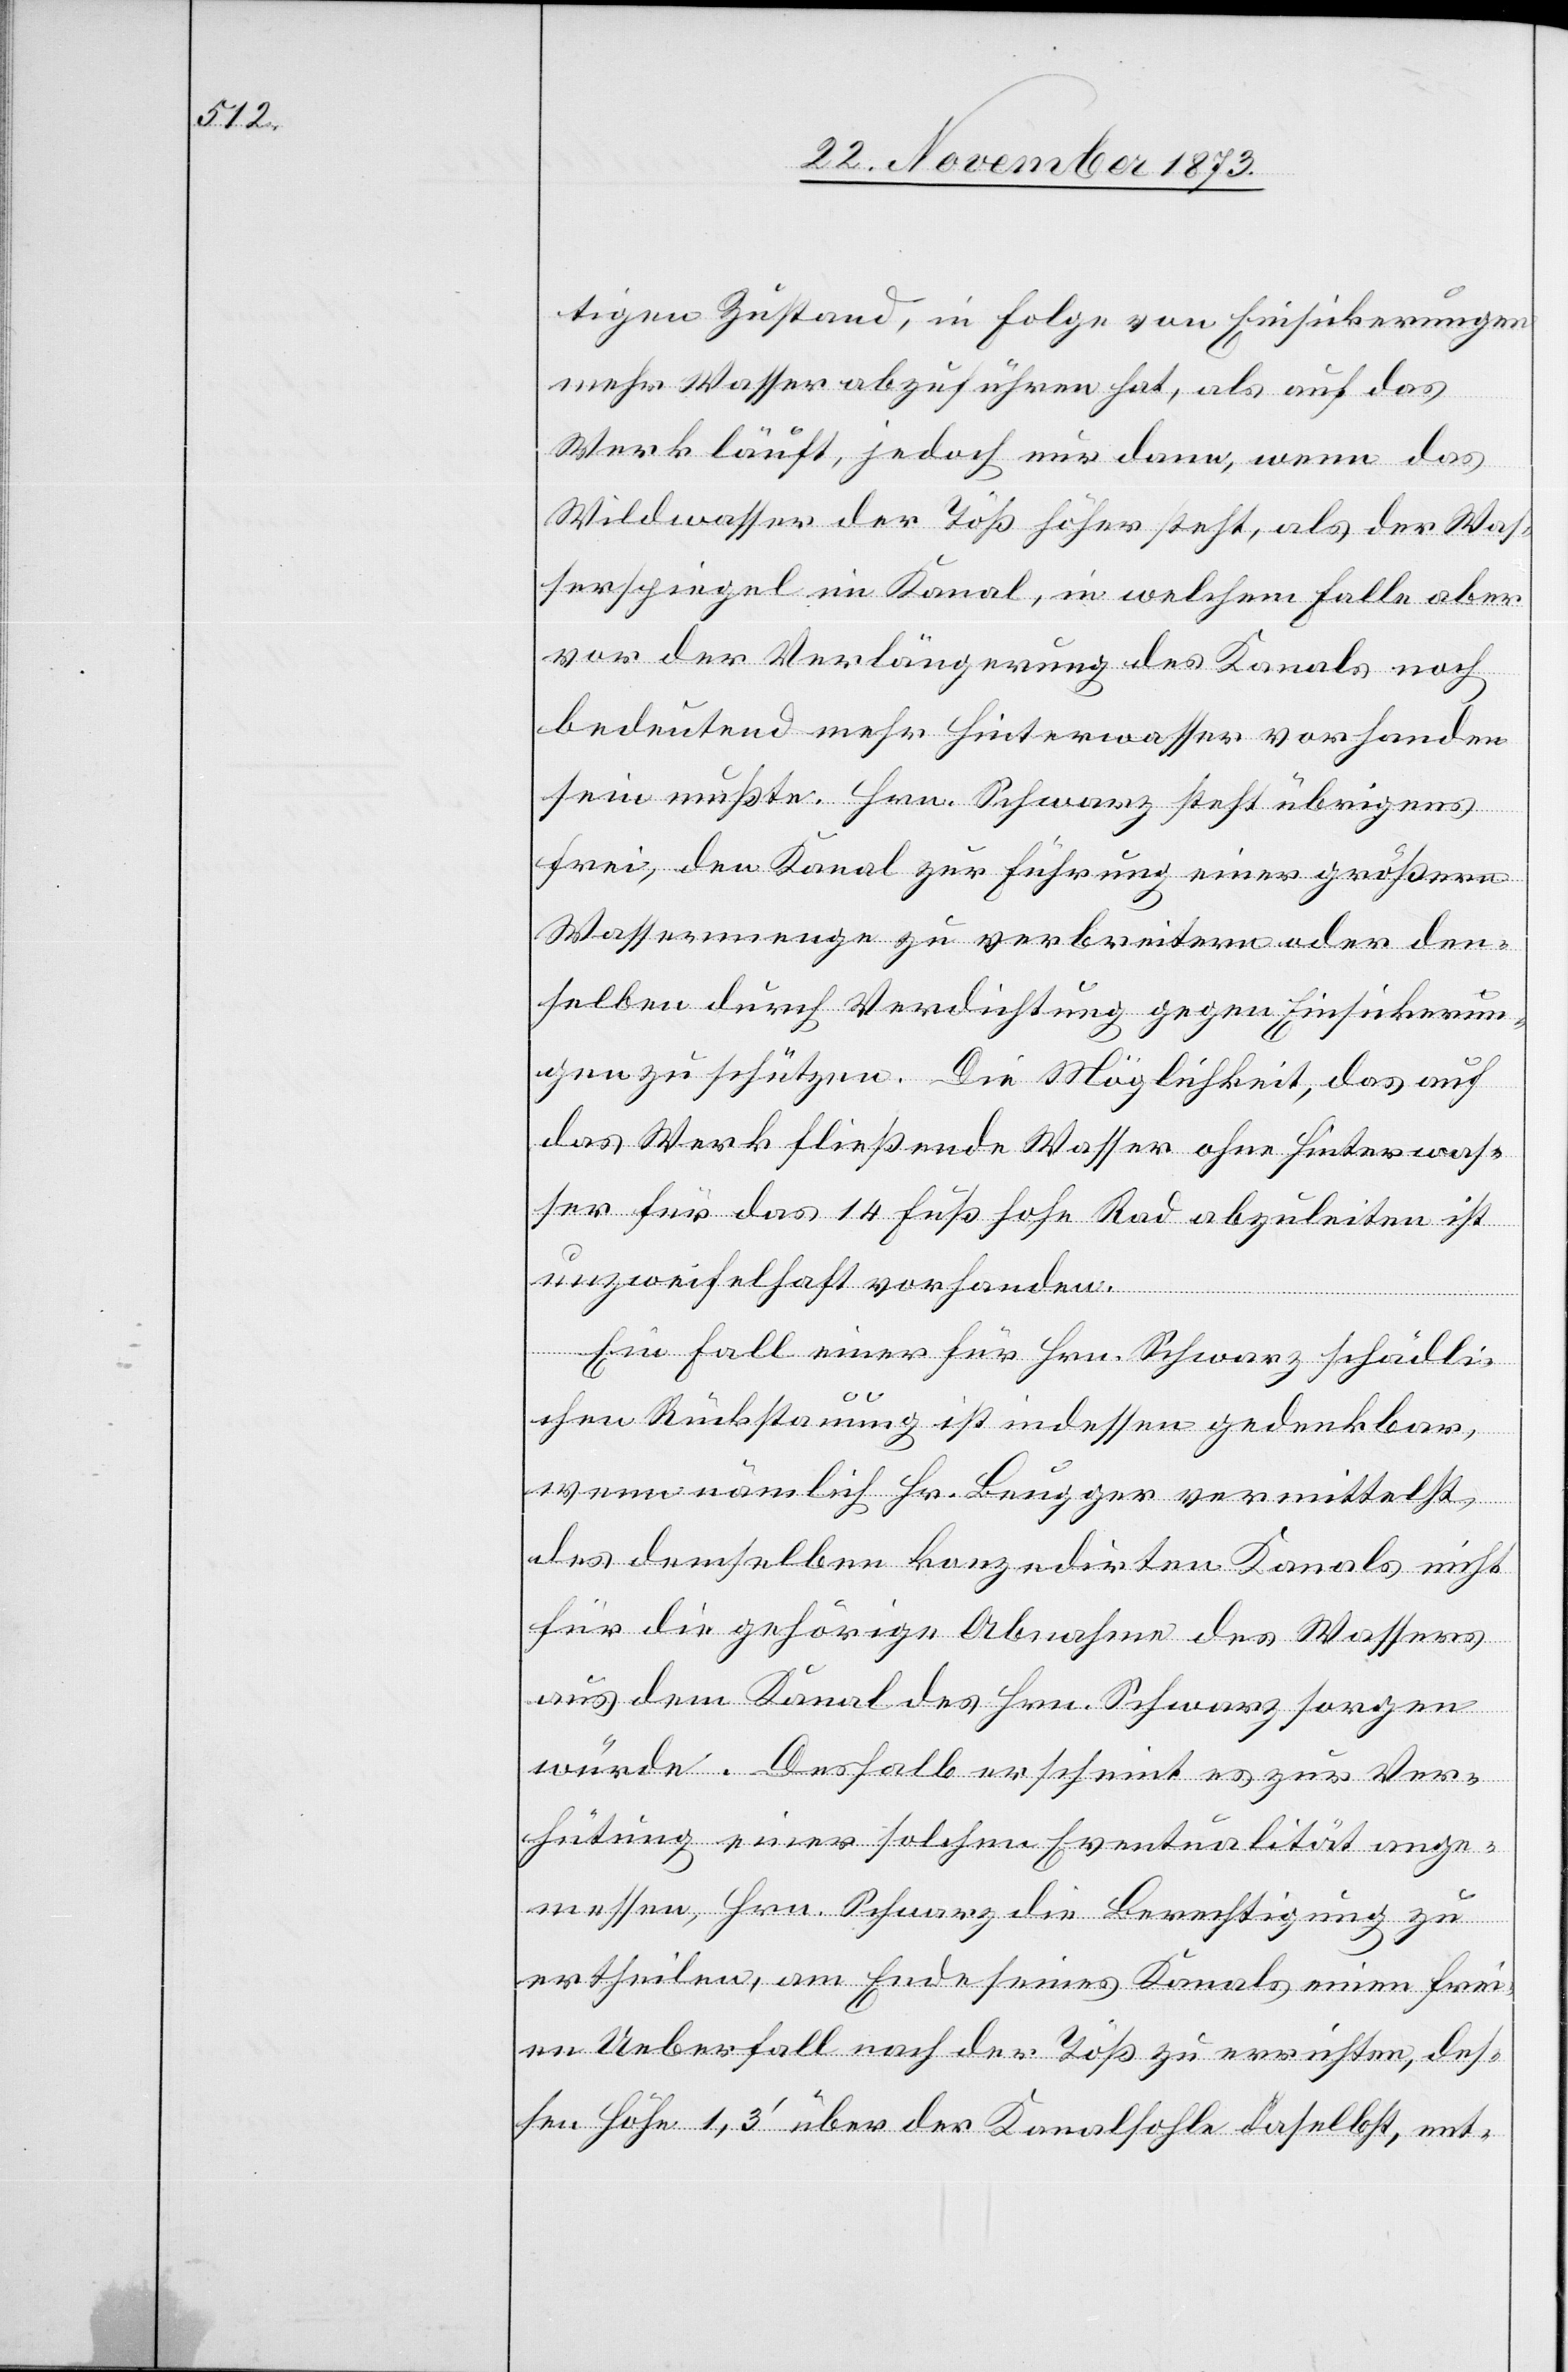
tigen Zustand, in Folge von Einsickerungen
mehr Wasser abzuführen hat, als auf das
Werk läuft, jedoch nur dann, wenn das
Wildwasser der Töß höher steht, als der Was¬
serspiegel im Kanal, in welchem Falle aber
vor der Verlängerung des Kanals noch
bedeutend mehr Hinterwasser vorhanden
sein mußte. Hrn. Schwarz steht übrigens
frei, den Kanal zur Führung einer größern
Wassermenge zu verbreitern oder den¬
selben durch Verdichtung gegen Einsickerun¬
gen zu schützen. Die Möglichkeit, das auf
das Werk fließende Wasser ohne Hinterwas¬
ser für das 14 Fuß hohe Rad abzuleiten ist
unzweifelhaft vorhanden.
Ein Fall einer für Hrn. Schwarz schädli¬
chen Rückstauung ist indessen gedenkbar,
wenn nämlich Hr. Beugger vermittelst
des demselben konzedirten Kanals nicht
für die gehörige Abnahme des Wassers
aus dem Kanal des Hrn. Schwarz sorgen
würde. Deshalb erscheint es zur Ver¬
hütung einer solchen Eventualität ange¬
messen, Hrn. Schwarz die Berechtigung zu
ertheilen, am Ende seines Kanals einen frei¬
en Ueberfall nach der Töß zu errichten, des¬
sen Höhe 1,3‘ über der Kanalsohle daselbst, ent-